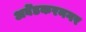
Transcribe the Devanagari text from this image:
अबेँडकरनगर